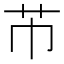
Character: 芇